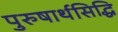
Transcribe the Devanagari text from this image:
पुरुषार्थसिद्धि